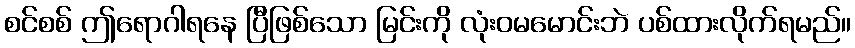
စင်စစ် ဤရောဂါရနေ ပြီဖြစ်သော မြင်းကို လုံးဝမမောင်းဘဲ ပစ်ထားလိုက်ရမည်။